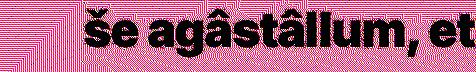
še agâstâllum, et